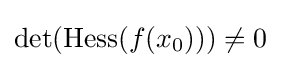
\det(\mathrm {Hess} (f(x_{0})))\neq 0